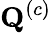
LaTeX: \mathbf{Q}^{(c)}